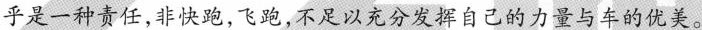
乎是一种责任，非快跑，飞跑，不足以充分发挥自己的力量与车的优美。